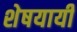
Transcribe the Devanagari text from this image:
शेषयायी